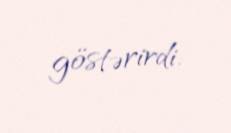
göstərirdi.